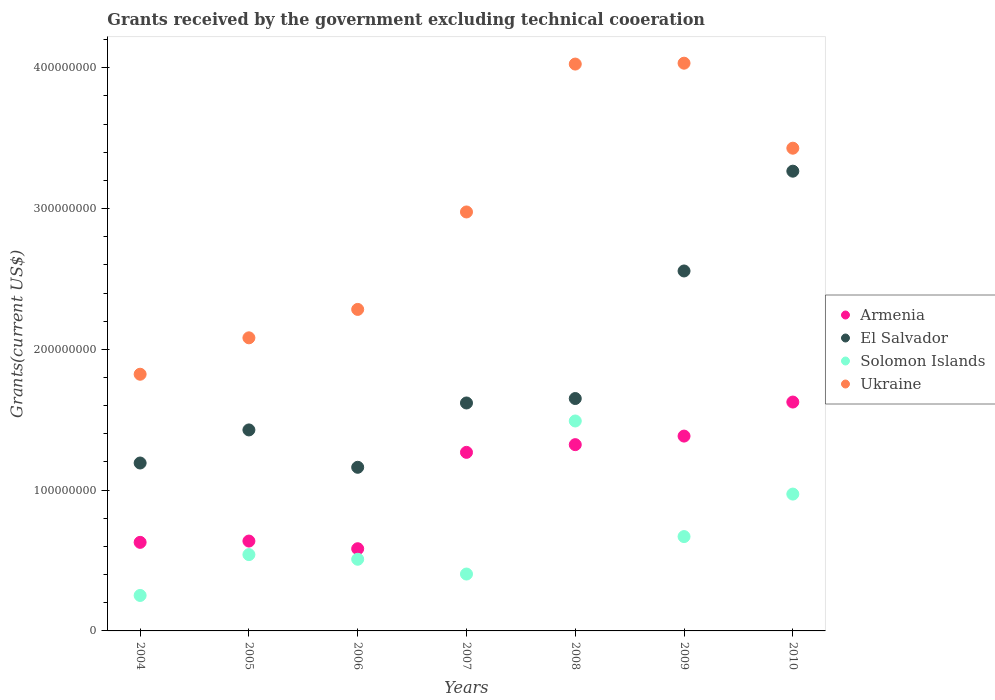
| Years | Armenia | El Salvador | Solomon Islands | Ukraine |
 | --- | --- | --- | --- | --- |
 | 2004 | 6.29e+07 | 1.19e+08 | 2.52e+07 | 1.82e+08 |
 | 2005 | 6.38e+07 | 1.43e+08 | 5.42e+07 | 2.08e+08 |
 | 2006 | 5.84e+07 | 1.16e+08 | 5.09e+07 | 2.28e+08 |
 | 2007 | 1.27e+08 | 1.62e+08 | 4.04e+07 | 2.98e+08 |
 | 2008 | 1.32e+08 | 1.65e+08 | 1.49e+08 | 4.03e+08 |
 | 2009 | 1.38e+08 | 2.56e+08 | 6.7e+07 | 4.03e+08 |
 | 2010 | 1.63e+08 | 3.27e+08 | 9.72e+07 | 3.43e+08 |